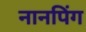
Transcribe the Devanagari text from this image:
नानपिंग